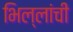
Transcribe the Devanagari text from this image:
भिल्लांची